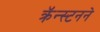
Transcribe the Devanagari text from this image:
क्रॅन्स्टनने